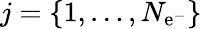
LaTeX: j=\{ 1,\dotsc,N_{\mathrm{e}^{-}}\}